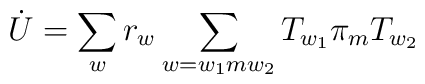
\dot{U} = \sum_{w} r_{w} \sum_{w=w_{1}mw_{2}} T_{w_{1}} \pi_{m} T_{w_{2}}